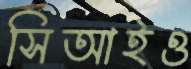
সিআইও